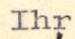
Ihr